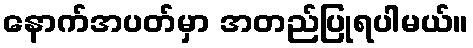
နောက်အပတ်မှာ အတည်ပြုရပါမယ်။